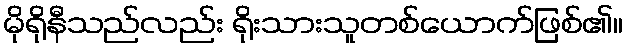
မိုရိုနီသည်လည်း ရိုးသားသူတစ်ယောက်ဖြစ်၏။